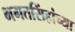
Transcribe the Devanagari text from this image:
भगतसिंहांच्या